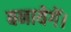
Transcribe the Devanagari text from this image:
बनायेगें।